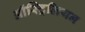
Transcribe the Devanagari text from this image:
ऑस्ट्रिलियन